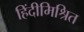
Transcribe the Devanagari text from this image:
हिंदीमिश्रित